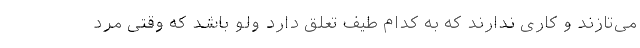
می‌تازند و کاری ندارند که به کدام طیف تعلق دارد ولو باشد که وقتی مُرد